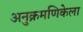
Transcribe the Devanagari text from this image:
अनुक्रमणिकेला